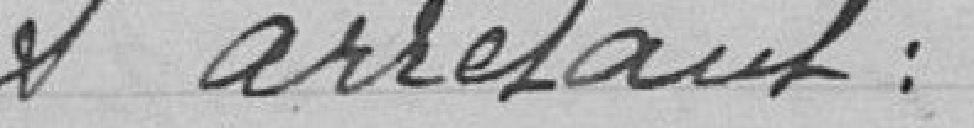
et arrêtant :